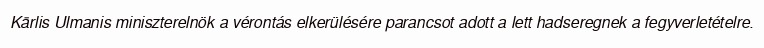
Kārlis Ulmanis miniszterelnök a vérontás elkerülésére parancsot adott a lett hadseregnek a fegyverletételre.